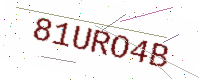
Text: 81URO4B